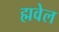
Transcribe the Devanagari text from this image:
ह्मवेल